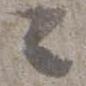
々